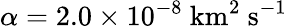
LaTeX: \alpha=2.0\times 10^{-8}\ \mathrm{km^{2}\ s^{-1}}